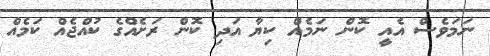
ނަމަވެސް އެއީ ކޮން ނަމެއް ކިޔާ އަދި ކޮން ރަށެއްގެ ކުއްޖެއް ކަމެއް